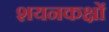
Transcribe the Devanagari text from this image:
शयनकक्षों